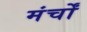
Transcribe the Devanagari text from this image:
मंर्चों